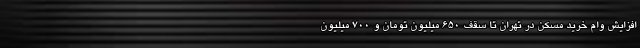
افزایش وام خرید مسکن در تهران تا سقف 650 میلیون تومان و 700 میلیون